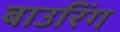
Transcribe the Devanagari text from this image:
बाउरिंग